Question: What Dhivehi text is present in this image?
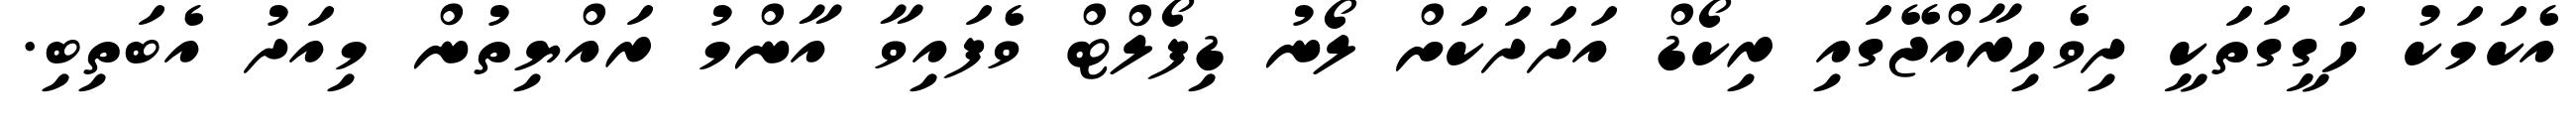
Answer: އެކަމަކު ހަގީގަތަކީ ދިވެހިރާއްޖޭގައި ރިކޯޑް އަދަދަކަށް ލޯނު ޑިފޯލްޓް ވެފައިވާ އާންމު ރައްޔިތުން މިއަދު އެބަތިބި.